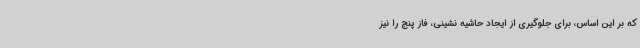
که بر این اساس، برای جلوگیری از ایجاد حاشیه نشینی، فاز پنج را نیز